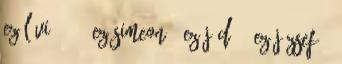
ez Lévié, 30. Ez Simeoné, ez Júdáé, ez Józsefé,